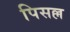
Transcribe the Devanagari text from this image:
पिसल्ल